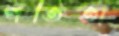
পতিতা